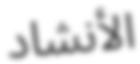
الأنشاد